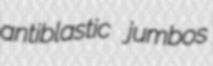
antiblastic jumbos